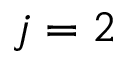
j = 2